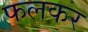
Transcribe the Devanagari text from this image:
फलकर